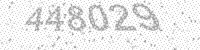
Solution: 448029